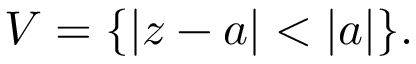
V = \{ | z - a | < | a | \} .